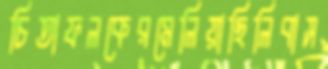
চিতাফলকেরমেলিয়াছিলিবাস